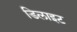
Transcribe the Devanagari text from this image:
डिलाइट